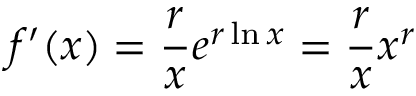
f ^ { \prime } ( x ) = { \frac { r } { x } } e ^ { r \ln x } = { \frac { r } { x } } x ^ { r }